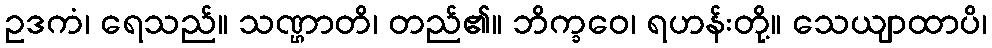
ဥဒကံ၊ ရေသည်။ သဏ္ဌာတိ၊ တည်၏။ ဘိက္ခဝေ၊ ရဟန်းတို့။ သေယျာထာပိ၊